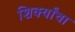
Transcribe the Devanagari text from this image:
शिर्क्यांचा